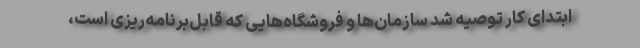
ابتدای کار توصیه شد سازمان‌ها و فروشگاه‌هایی که قابل‌برنامه‌ریزی است،